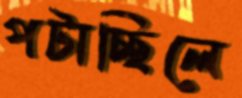
পটাচ্ছিলে